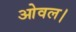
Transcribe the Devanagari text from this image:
ओवल।